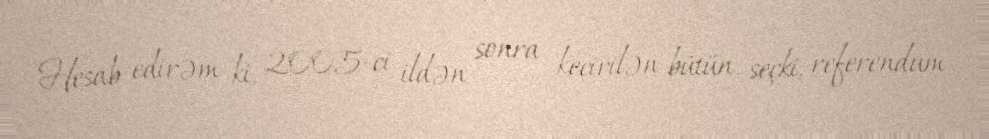
Hesab edirəm ki, 2005-ci ildən sonra keçirilən bütün seçki, referendum